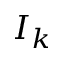
I _ { k }